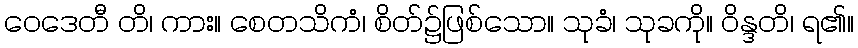
ဝေဒေတီ တိ၊ ကား။ စေတသိကံ၊ စိတ်၌ဖြစ်သော။ သုခံ၊ သုခကို။ ဝိန္ဒတိ၊ ရ၏။